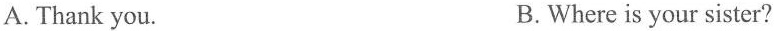
A.Thank you. B.Where is your sister?